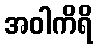
အဝါကိရိ